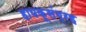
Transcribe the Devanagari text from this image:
हायकूसंग्रह